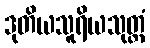
ဒုတိယသူရိယသုတ္တံ